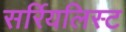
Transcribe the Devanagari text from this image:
सर्रियलिस्ट